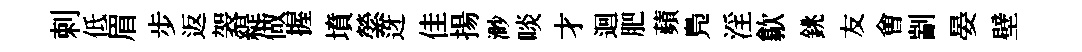
剌低眉步返袈緹做握墳縈迓佳揚渺啖才迴肥蘋鳬淫歙銚友㑹剬晏壁